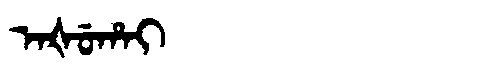
Manchu: ᠠᡧᡠᡥᠠᡳ
Romanization: AŠUHAI